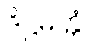
ဒိဋ္ဌမတ္တံ